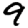
Digit: 9